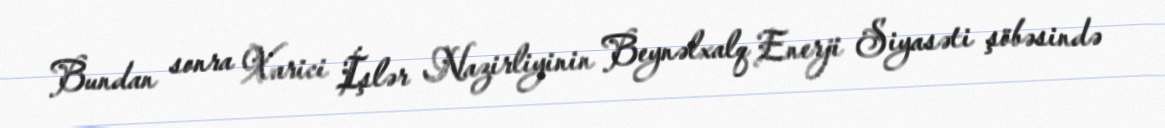
Bundan sonra Xarici İşlər Nazirliyinin Beynəlxalq Enerji Siyasəti şöbəsində